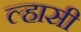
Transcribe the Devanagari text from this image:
ल्हासी